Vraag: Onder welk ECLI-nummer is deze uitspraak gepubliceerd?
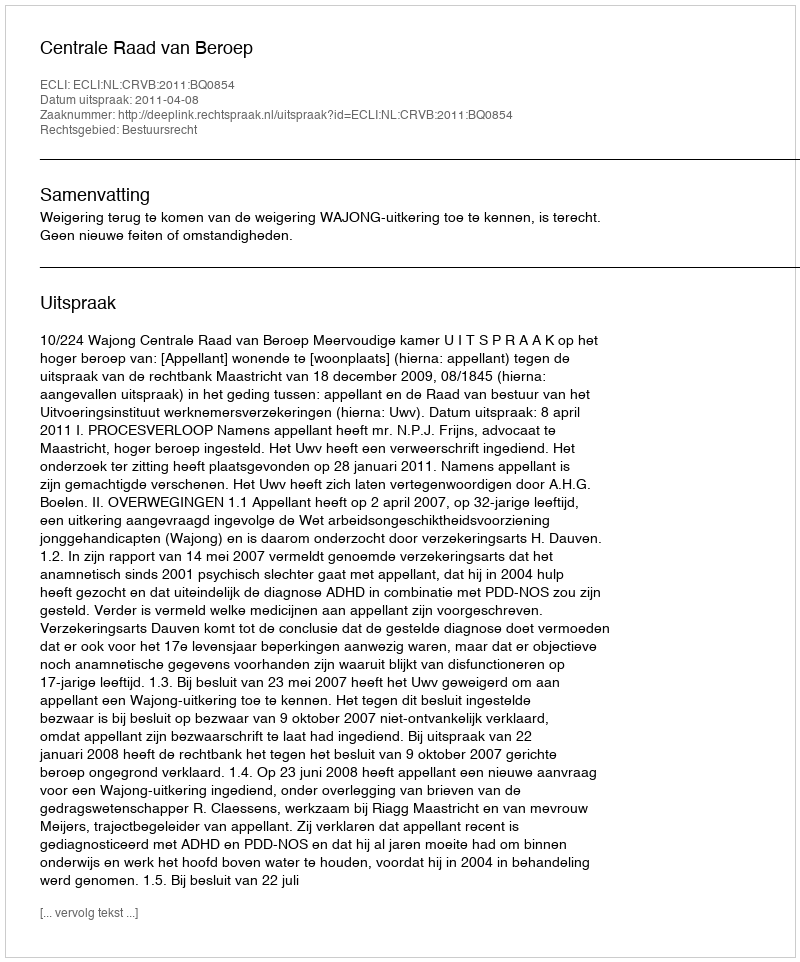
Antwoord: ECLI:NL:CRVB:2011:BQ0854